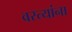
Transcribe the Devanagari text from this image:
वस्त्यांना